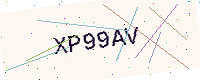
Text: XP99AV